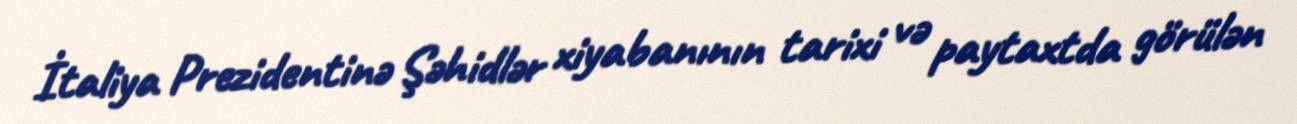
İtaliya Prezidentinə Şəhidlər xiyabanının tarixi və paytaxtda görülən